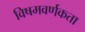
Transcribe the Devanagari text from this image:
विषमवर्णकता